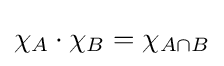
\chi _{A}\cdot \chi _{B}=\chi _{A\cap B}